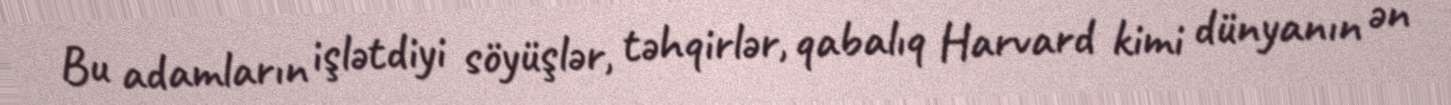
Bu adamların işlətdiyi söyüşlər, təhqirlər, qabalıq Harvard kimi dünyanın ən